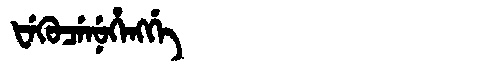
Manchu: ᡶᡝᡴᡠᠴᡝᠨᡠᡥᡝᠩᡤᡝ
Romanization: FEKUCENUHENGGE